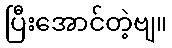
ပြီးအောင်တဲ့ဗျ။